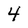
Character: 4